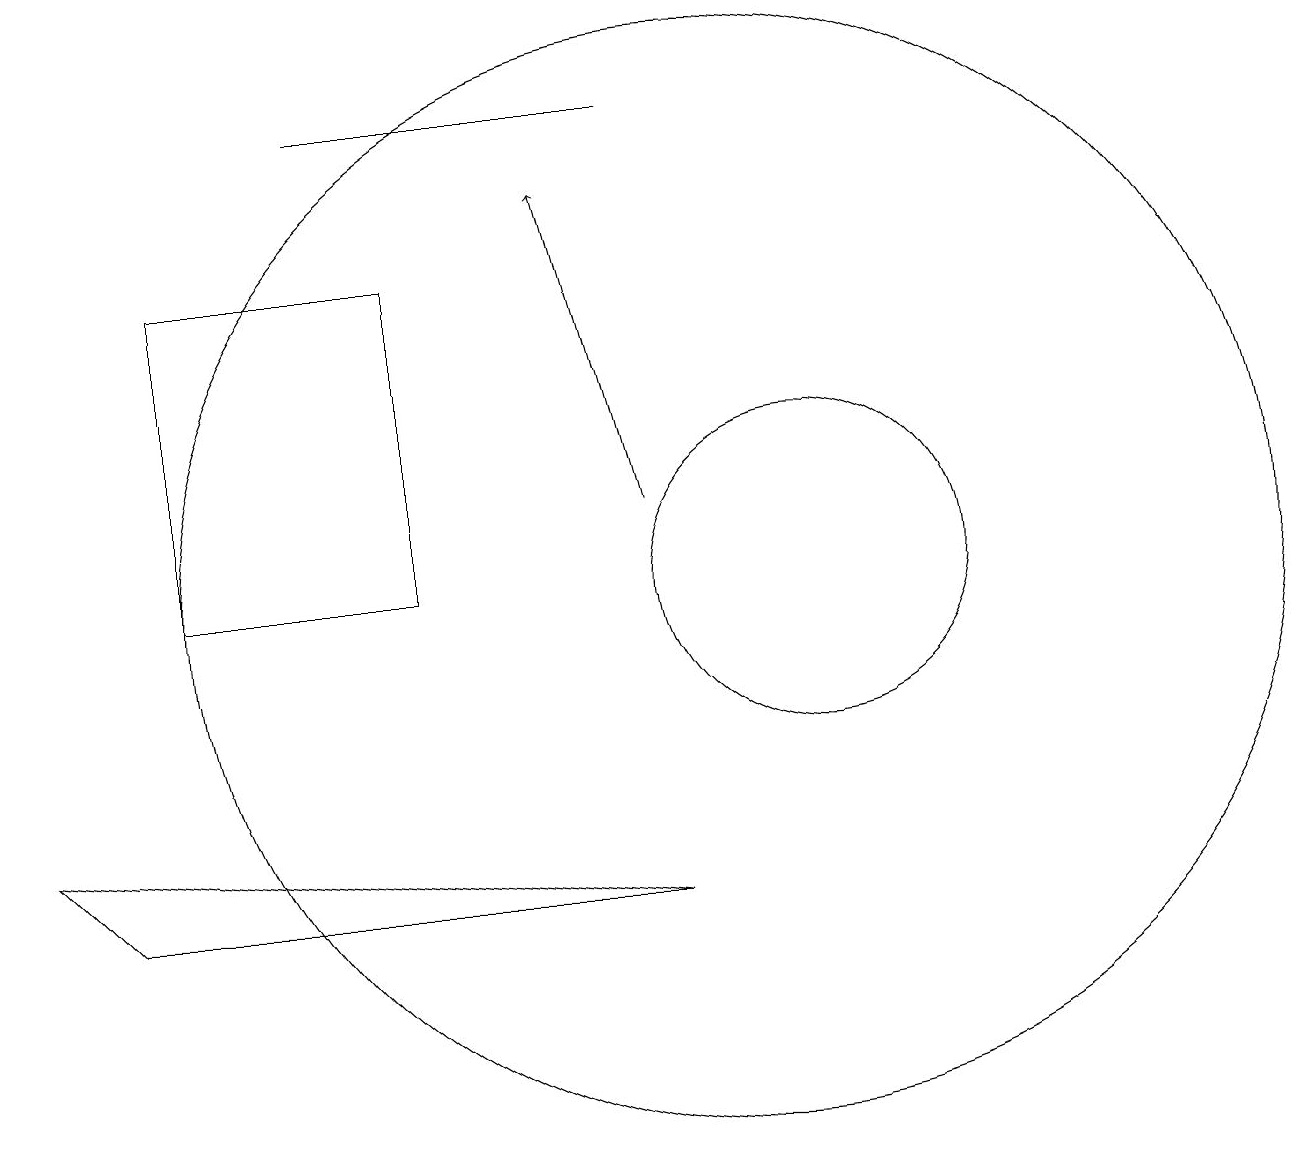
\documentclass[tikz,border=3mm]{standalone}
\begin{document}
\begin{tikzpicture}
\draw (9,16) rectangle (5,16);
\draw (11,10) circle (0);
\draw (3,10) rectangle (6,14);
\draw (2,6) -- (9,6) -- (1,7) -- cycle;
\draw[->] (9,11) -- (8,15);
\draw (10,10) circle (7);
\draw (11,10) circle (2);
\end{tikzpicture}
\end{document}